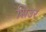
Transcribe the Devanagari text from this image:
सिउर